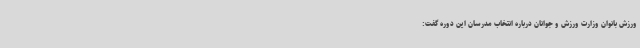
ورزش بانوان وزارت ورزش و جوانان درباره انتخاب مدرسان این دوره گفت: